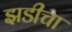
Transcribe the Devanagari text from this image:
झडीचा